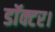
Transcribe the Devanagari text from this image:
डाॅक्टर।